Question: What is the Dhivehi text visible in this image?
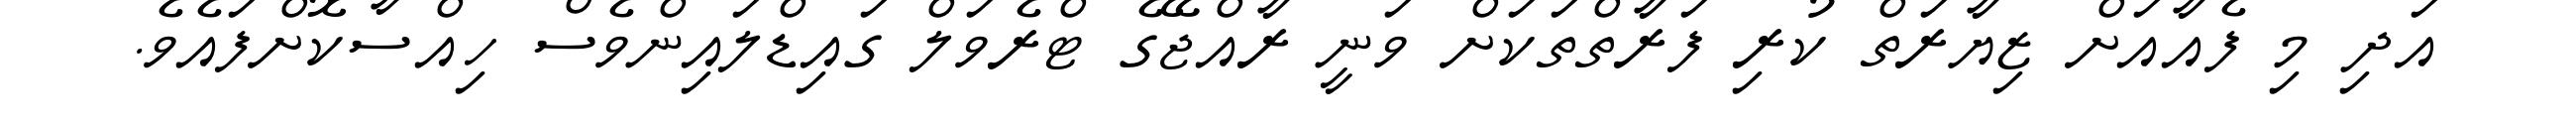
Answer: އަދި މި ފެއާއަށް ޒިޔާރަތް ކުރި ފަރާތްތަކަށް ވަނީ ރާއްޖޭގެ ޓްރެވަލް ގައިޑްލައިންވެސް ހިއްސާކޮށްފައެވެ.